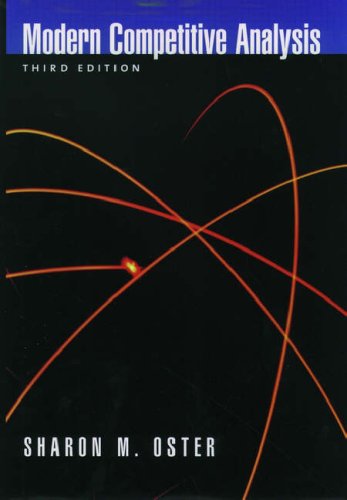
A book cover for Modern Competitive Analysis; Sharon M. Oster; Business & Money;